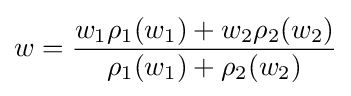
w={\frac {w_{1}\rho _{1}(w_{1})+w_{2}\rho _{2}(w_{2})}{\rho _{1}(w_{1})+\rho _{2}(w_{2})}}